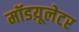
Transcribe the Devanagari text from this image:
मॉडय़ूलेटर